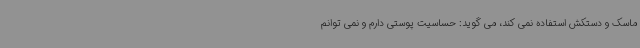
ماسک و دستکش استفاده نمی کند، می گوید: حساسیت پوستی دارم و نمی توانم